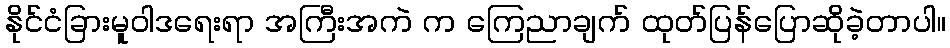
နိုင်ငံခြားမူဝါဒရေးရာ အကြီးအကဲ က ကြေညာချက် ထုတ်ပြန်ပြောဆိုခဲ့တာပါ။